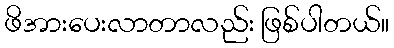
ဖိအားပေးလာတာလည်း ဖြစ်ပါတယ်။